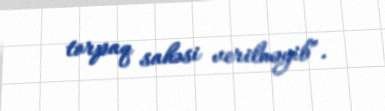
torpaq sahəsi verilməyib”.